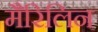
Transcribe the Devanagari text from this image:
मैरिलिन